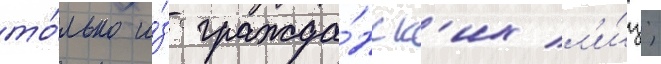
то́лько и́з гражда́нск'их л'и́ц;